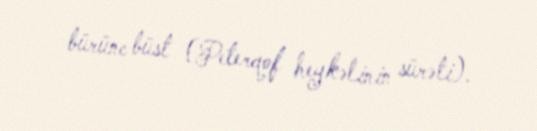
bürünc büst (Peterqof heykəlinin sürəti).